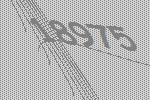
18975